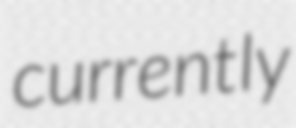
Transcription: currently